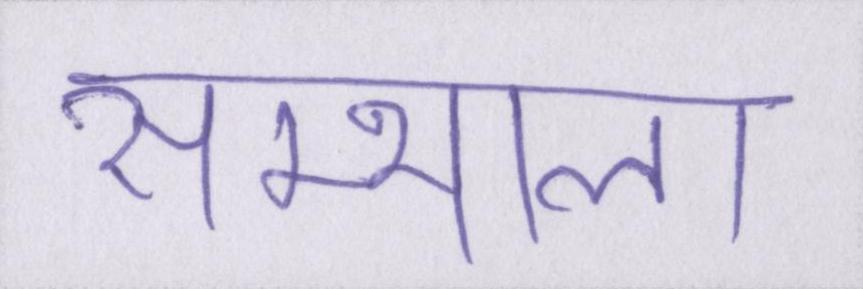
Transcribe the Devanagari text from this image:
सम्भाला